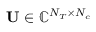
\mathbf { U } \in \mathbb { C } ^ { N _ { T } \times N _ { c } }